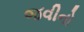
જવીનો